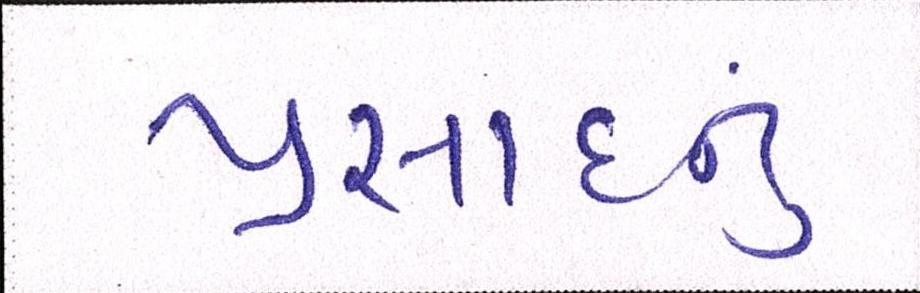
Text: પ્રસાદનું